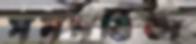
সমমর্মিতা